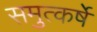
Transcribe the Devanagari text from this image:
समुत्कर्षे